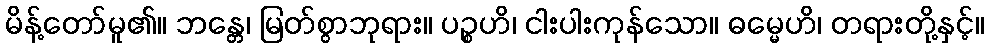
မိန့်တော်မူ၏။ ဘန္တေ၊ မြတ်စွာဘုရား။ ပဉ္စဟိ၊ ငါးပါးကုန်သော။ ဓမ္မေဟိ၊ တရားတို့နှင့်။